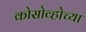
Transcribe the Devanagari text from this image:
कोसोव्होच्या